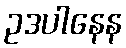
ဥဒပါနေန